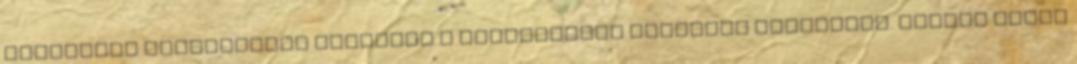
válasszal egyidejűleg megküldi a jegyzőkönyv másolati példányát. Minden egyéb